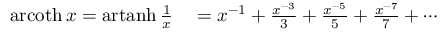
\begin{array} { r l } { \operatorname { a r c o t h } x = \operatorname { a r t a n h } { \frac { 1 } { x } } } & { { } = x ^ { - 1 } + { \frac { x ^ { - 3 } } { 3 } } + { \frac { x ^ { - 5 } } { 5 } } + { \frac { x ^ { - 7 } } { 7 } } + \cdots } \end{array}